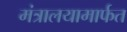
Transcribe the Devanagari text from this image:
मंत्रालयामार्फत